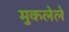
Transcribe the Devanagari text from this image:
मुकलेले